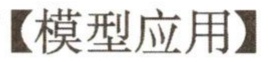
【模型应用】